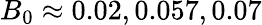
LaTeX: B_{0}\approx 0.02,0.057,0.07